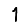
Digit: 1